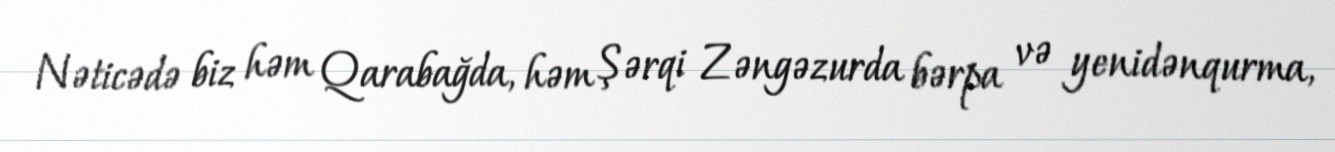
Nəticədə biz həm Qarabağda, həm Şərqi Zəngəzurda bərpa və yenidənqurma,